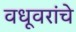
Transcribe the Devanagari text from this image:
वधूवरांचे